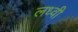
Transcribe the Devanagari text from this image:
लध्वी